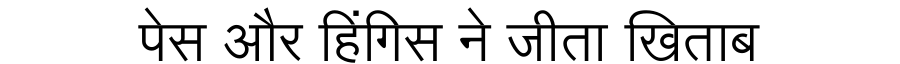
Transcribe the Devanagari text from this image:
पेस और हिंगिस ने जीता खिताब